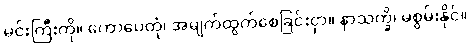
မင်းကြီးကို။ ကောပေတုံ၊ အမျက်ထွက်စေခြင်းငှာ။ နာသက္ခိ၊ မစွမ်းနိုင်။